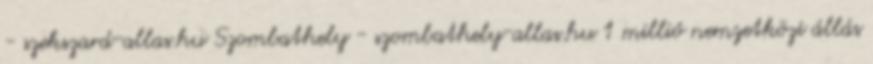
- szekszard-allas.hu Szombathely - szombathely-allas.hu 1 millió nemzetközi állás